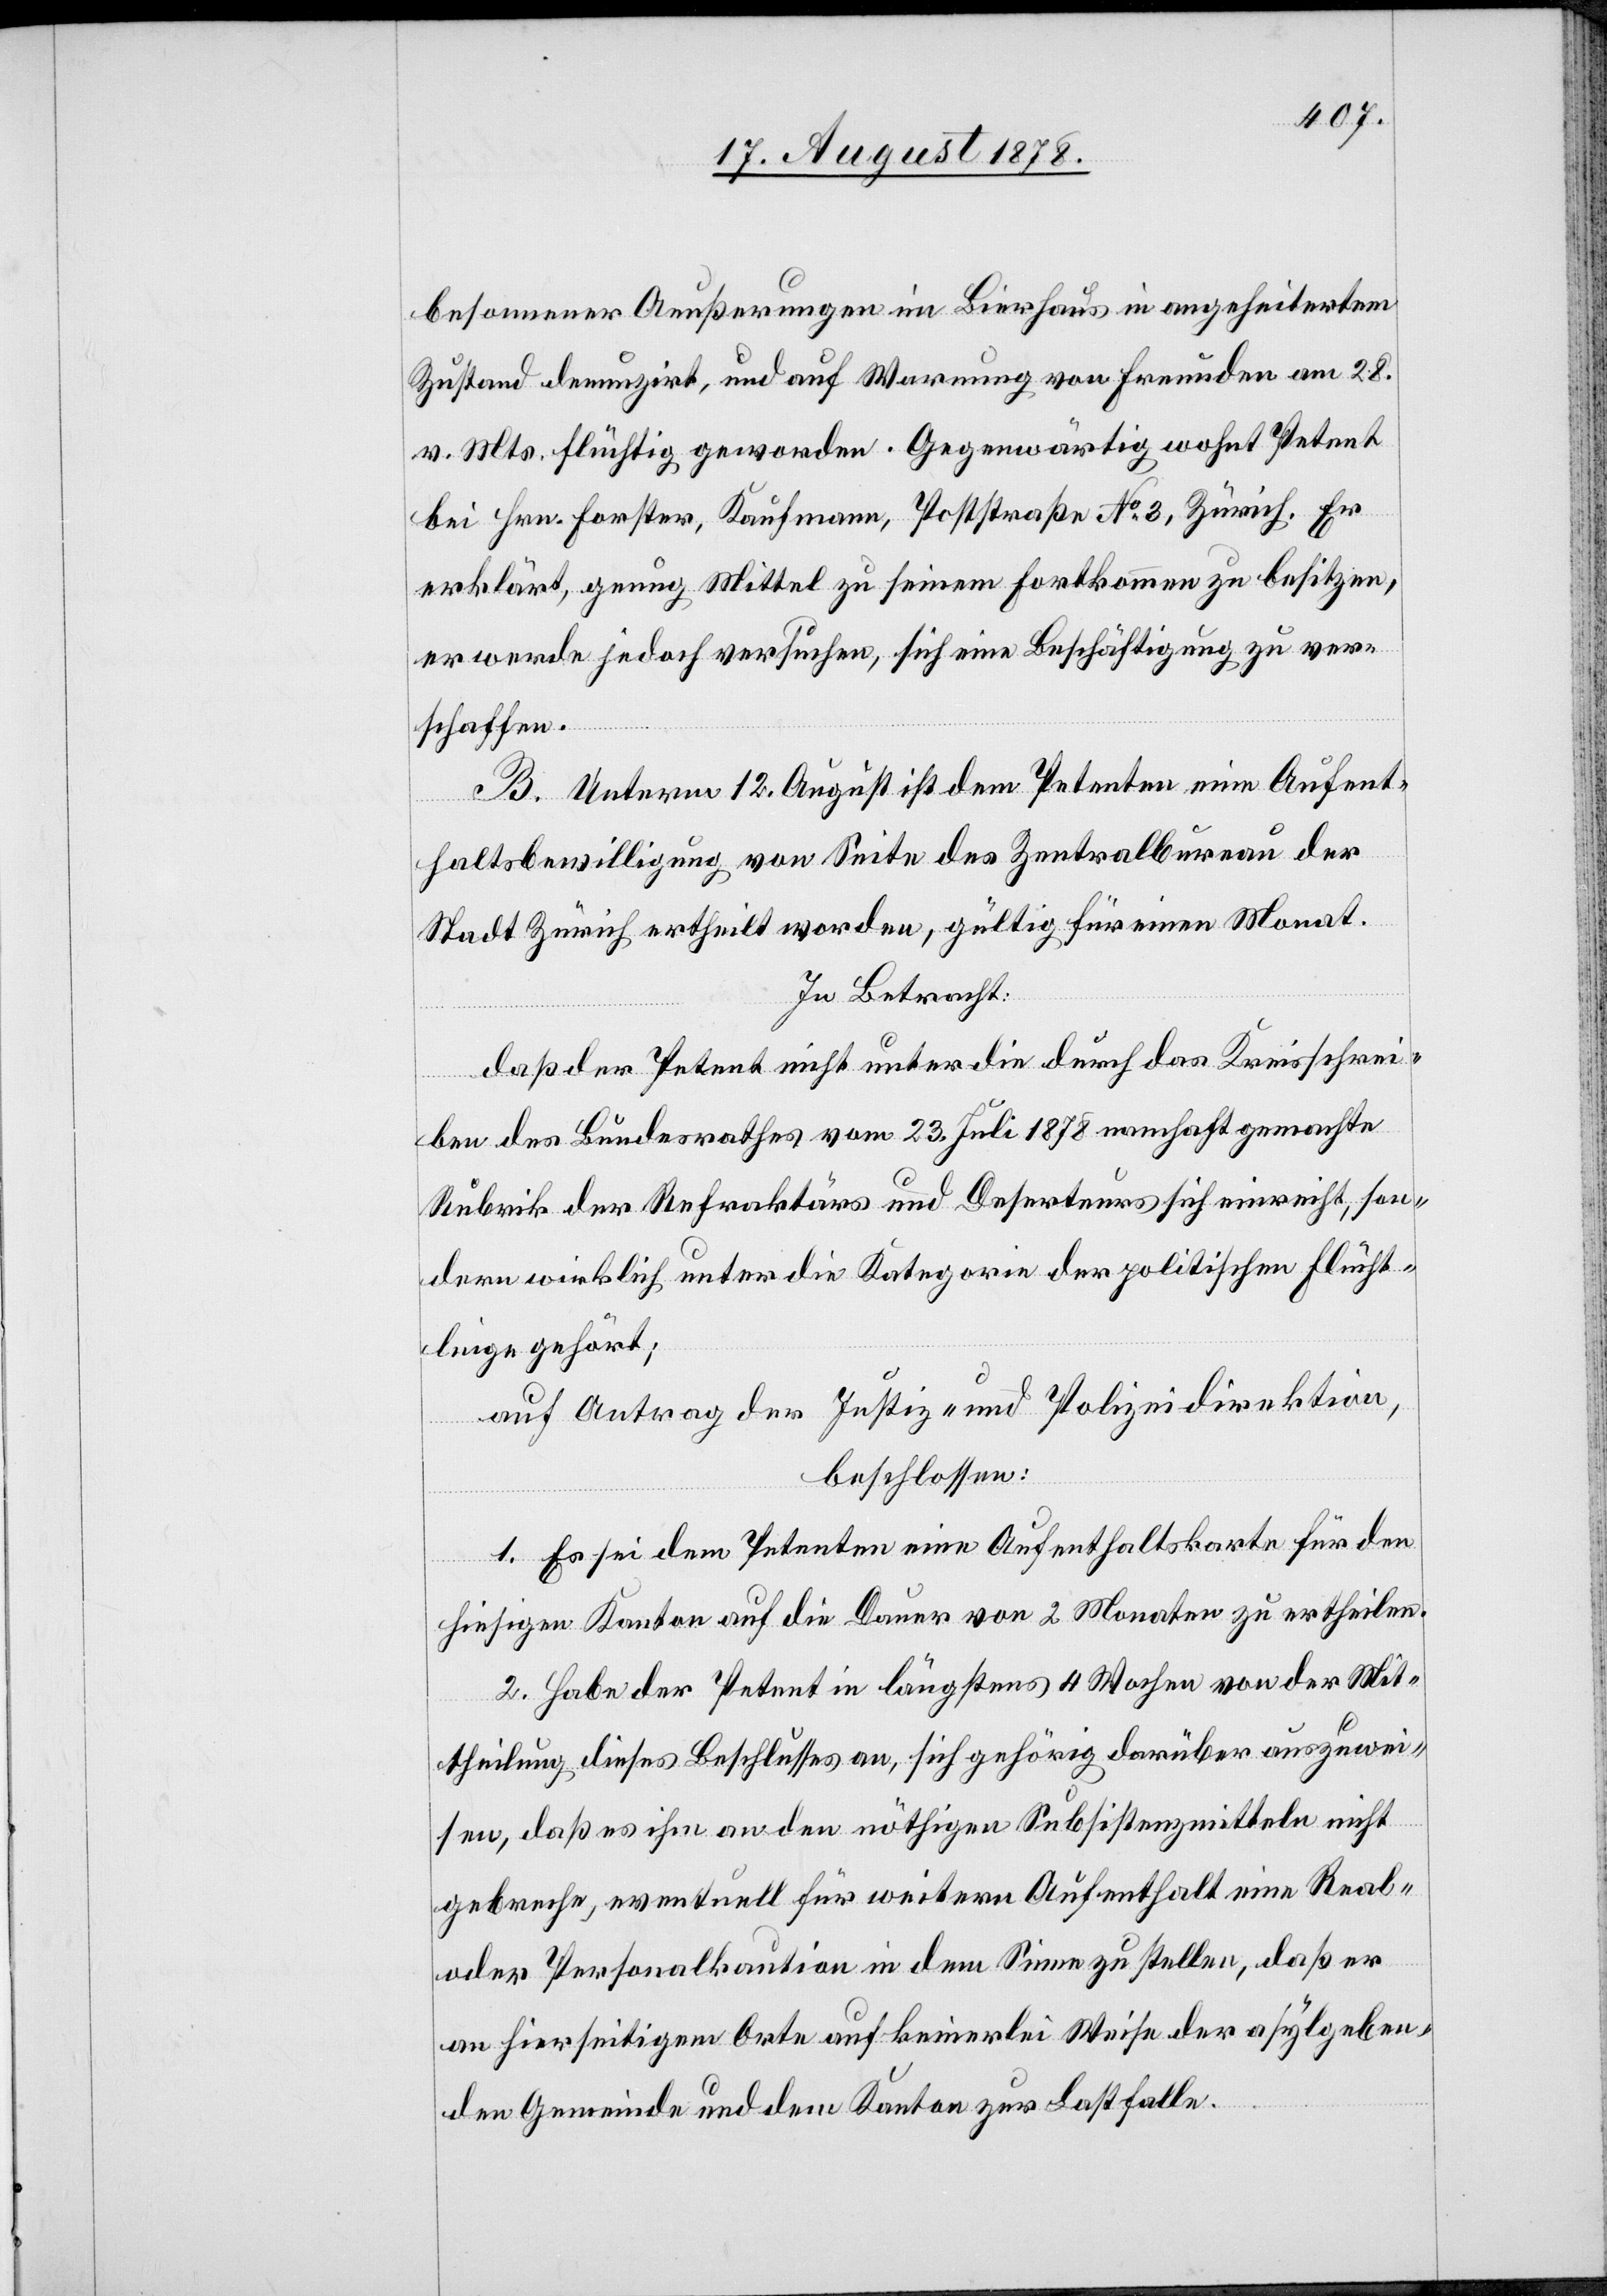
besonnener Aeußerungen im Bierhaus in angeheitertem
Zustand denunzirt, und auf Warnung von Freunden am 28.
v. Mts. flüchtig geworden. Gegenwärtig wohnt Petent
bei Hrn. Forster, Kaufmann, Poststraße No 3, Zürich. Er
erklärt, genug Mittel zu seinem Fortkommen zu besitzen,
er werde jedoch versuchen, sich eine Beschäftigung zu ver¬
schaffen.
B. Unterm 12. August ist dem Petenten eine Aufent¬
haltsbewilligung von Seite des Zentralbureau der
Stadt Zürich ertheilt worden, gültig für einen Monat.
In Betracht:
daß der Petent nicht unter die durch das Kreisschrei¬
ben des Bundesrathes vom 23. Juli 1878 namhaft gemachte
Rubrik der Refraktärs und Deserteurs sich einreiht, son¬
dern wirklich unter die Kategorie der politischen Flücht¬
linge gehört;
auf Antrag der Justiz- und Polizeidirektion,
beschlossen:
1. Es sei dem Petenten eine Aufenthaltskarte für den
hiesigen Kanton auf die Dauer von 2 Monaten zu ertheilen.
2. Habe der Petent in längstens 4 Wochen von der Mit¬
theilung dieses Beschlusses an, sich gehörig darüber auszuwei¬
sen, daß es ihm an den nöthigen Subsistenzmitteln nicht
gebreche, eventuell für weitern Aufenthalt eine Real
oder Personalkaution in dem Sinne zu stellen, daß er
an hierseitigem Orte auf keinerlei Weise der asylgeben¬
den Gemeinde und dem Kanton zur Last falle.